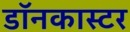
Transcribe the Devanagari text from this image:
डॉनकास्टर